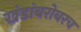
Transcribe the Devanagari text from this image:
खंडांबरोबरच